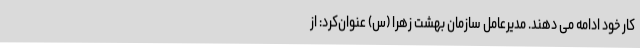
کار خود ادامه می دهند. مدیرعامل سازمان بهشت زهرا (س) عنوان‌کرد: از